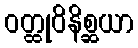
ဝတ္ထုဝိနိစ္ဆယာ